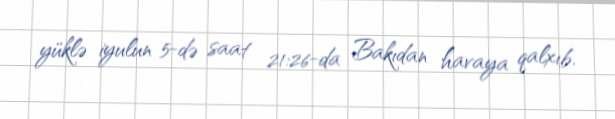
yüklə iyulun 5-də saat 21:26-da Bakıdan havaya qalxıb.